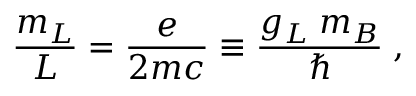
\frac { m _ { L } } { L } = \frac { e } { 2 m c } \equiv \frac { g _ { L } \; m _ { B } } { \hbar } \; ,